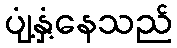
ပျံ့နှံ့နေသည်